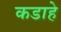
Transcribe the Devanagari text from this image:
कडाहे